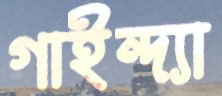
গাইন্দ্যা